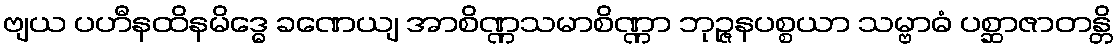
ဗျယ ပဟီနထိနမိဒ္ဓေ ခဏေယျ အာစိဏ္ဏသမာစိဏ္ဏာ ဘုဉ္ဇနပစ္စယာ သမ္ဗာဓံ ပစ္ဆာဇာတန္တိ